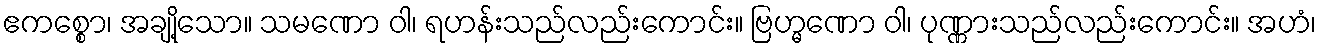
ဧကစ္စော၊ အချို့သော။ သမဏော ဝါ၊ ရဟန်းသည်လည်းကောင်း။ ဗြဟ္မဏော ဝါ၊ ပုဏ္ဏားသည်လည်းကောင်း။ အဟံ၊